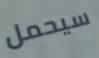
سيحمل